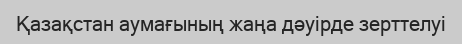
Қазақстан аумағының жаңа дәуірде зерттелуі